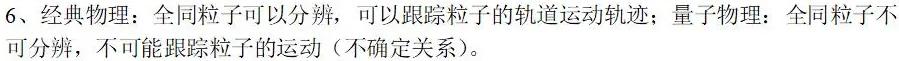
6、经典物理：全同粒子可以分辨，可以跟踪粒子的轨道运动轨迹；量子物理：全同粒子不可分辨，不可能跟踪粒子的运动（不确定关系）。